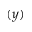
( y )